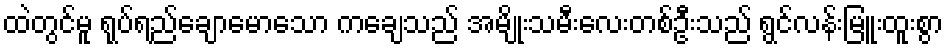
ထဲတွင်မူ ရုပ်ရည်ချောမောသော ကချေသည် အမျိုးသမီးလေးတစ်ဦးသည် ရွင်လန်းမြူးထူးစွာ